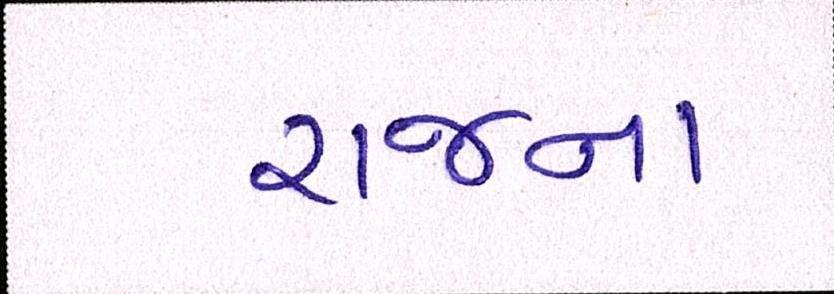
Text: રાજના